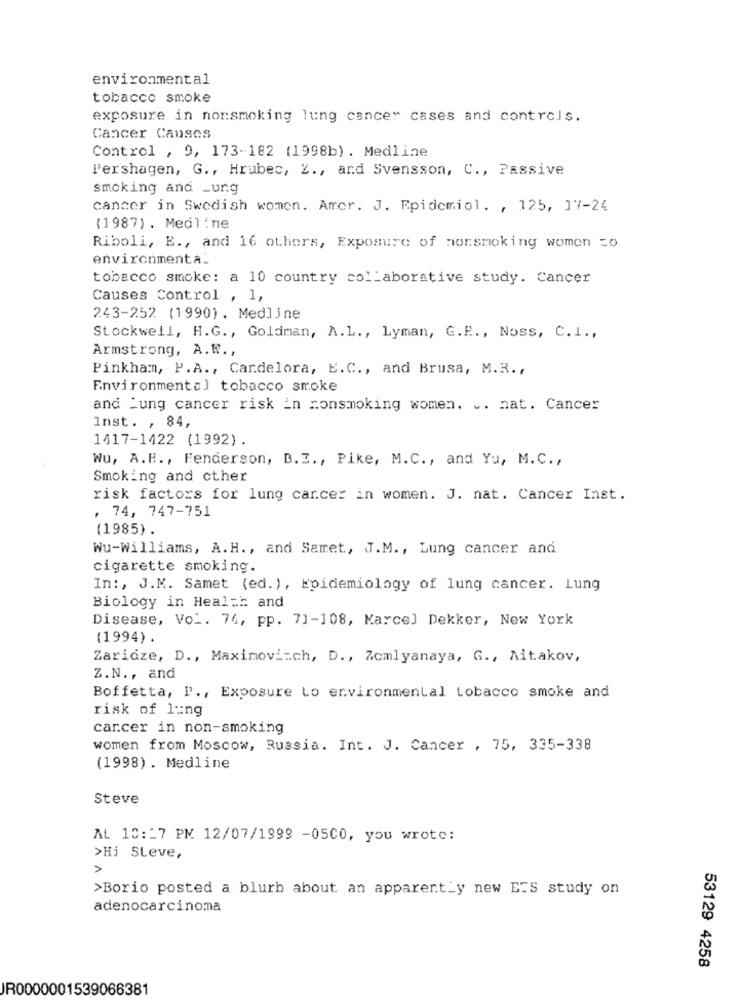
environmental
tobacco smoke
exposure in nonsmoking lung cancer cases and controls.
Cancer Causes
Control , 9, 173-182 (1998b). Medline
Pershagen, G ., Hrubec, 2 ., and Svensson, C ., Passive
smoking and _ung
cancer in Swedish women. Amer. J. Epidemiol. , 125, 17-24
(1987) . Medline
Riboli, E ., and 16 others, Exposure of morsmoking women so
environmenta.
tobacco smoke: a 10 country collaborative study. Cancer
Causes Control , 1,
243-252 (1990). Medline
Stockwell, H.G ., Goldman, A.L ., Lyman, G.E ., Noss, C.I .,
Armstrong, A.R. ,
Pinkham, P.A ., Candelora, E.C ., and Brusa, M.R .,
Environmental tobacco smoke
and Lung cancer risk in nonsmoking women. .. nat. Cancer
Inst. , 84,
1417-1422 (1992).
Wu, A.H ., Fenderson, B.E ., Pike, M.C ., and Yu, M.C .,
Smoking and other
risk factors for lung cancer in women. J. nat. Cancer Inst.
. 74, 747-751
(1985).
Wu-Williams, A.H ., and Samet, J.M ., Lung cancer and
cigarette smoking.
In :, J.M. Samet (ed. ), Epidemiology of lung cancer. Lung
Biology in Health and
Disease, Vol. 74, pp. 71-108, Marcel Dekker, New York
(1994) .
Zaridze, D ., Maximovi=ch, D ., Zomlyanaya, G ., Aitakov,
Z.N ., and
Boffetta, P ., Exposure Lo environmental tobacco smoke and
risk of lang
carcer in non-smoking
women from Moscow, Russia. Int. J. Cancer , 75, 335-338
(1998) . Medline
Steve
At 10:27 PM 12/07/1999 -05C0, you wrote:
>Hi Steve,
>
>Borio posted a blurb about an apparent_y new ETS study on
adenocarcinoma
53129 4258
JR0000001539066381